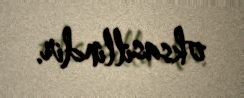
oksasillindir.